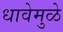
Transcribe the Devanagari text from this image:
धावेमुळे